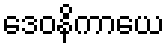
ဒေဝနိကာယေ